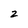
Character: 2